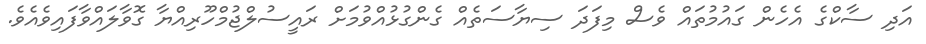
އަދި ސާކްގެ އެހެން ގައުމުތައް ވެސް މިފަދަ ސިޔާސަތެއް ގެންގުޅުއްވުމަށް ރައީސުލްޖުމްހޫރިއްޔާ ގޮވާލައްވާފައިވެއެވެ.